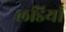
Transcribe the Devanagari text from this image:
लडियाँ